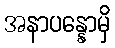
အနာပန္နောမှိ